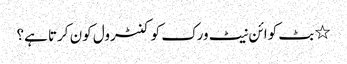
٭ بٹ کوائن نیٹ ورک کو کنٹرول کون کرتا ہے؟